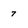
Character: 7